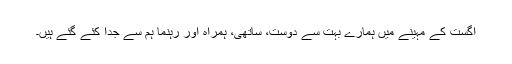
اگست کے مہینے میں ہمارے بہت سے دوست، ساتھی، ہمراہ اور رہنما ہم سے جدا کئے گئے ہیں۔